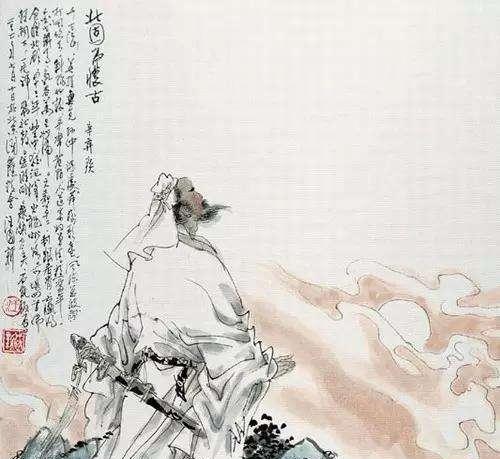
年少万兜鍪，坐断东南战未休。